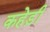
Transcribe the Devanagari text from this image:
कहेड़ी